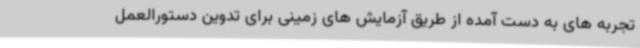
تجربه های به دست آمده از طریق آزمایش های زمینی برای تدوین دستورالعمل